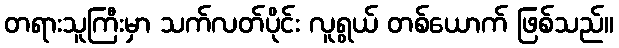
တရားသူကြီးမှာ သက်လတ်ပိုင်း လူရွယ် တစ်ယောက် ဖြစ်သည်။